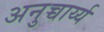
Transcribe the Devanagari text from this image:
अनुच्चार्य्य